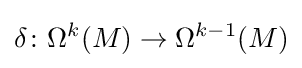
\delta \colon \Omega ^{k}(M)\rightarrow \Omega ^{k-1}(M)